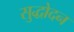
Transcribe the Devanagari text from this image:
सुद्धोदन